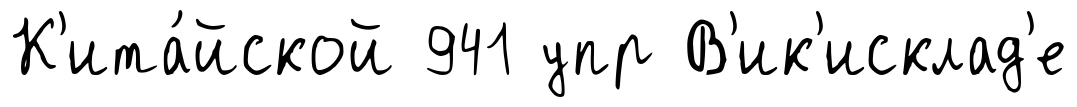
К'ита́йской 941 упр В'ик'исклад'е